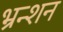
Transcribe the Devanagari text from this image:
भ्रन्शन